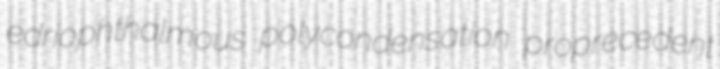
edriophthalmous polycondensation proprecedent